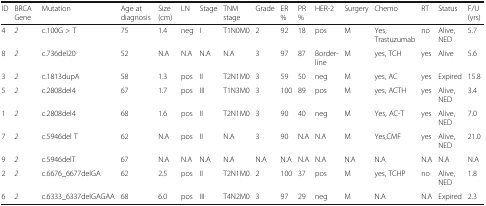
<table><thead><tr><td><b>ID</b></td><td><b>BRCA Gene</b></td><td><b>Mutation</b></td><td><b>Age at diagnosis</b></td><td><b>Size (cm)</b></td><td><b>LN</b></td><td><b>Stage</b></td><td><b>TNM stage</b></td><td><b>Grade</b></td><td><b>ER%</b></td><td><b>PR%</b></td><td><b>HER-2</b></td><td><b>Surgery</b></td><td><b>Chemo</b></td><td><b>RT</b></td><td><b>Status</b></td><td><b>F/U (yrs)</b></td></tr></thead><tbody><tr><td>4</td><td><i>2</i></td><td>c.100G &gt; T</td><td>75</td><td>1.4</td><td>neg</td><td>I</td><td>T1N0M0</td><td>2</td><td>92</td><td>18</td><td>pos</td><td>M</td><td>Yes, Trastuzumab</td><td>no</td><td>Alive, NED</td><td>5.7</td></tr><tr><td>8</td><td><i>2</i></td><td>c.736del20</td><td>52</td><td>N.A</td><td>N.A</td><td>N.A</td><td>N.A</td><td>3</td><td>97</td><td>87</td><td>Border-line</td><td>M</td><td>yes, TCH</td><td>yes</td><td>Alive</td><td>5.6</td></tr><tr><td>3</td><td><i>2</i></td><td>c.1813dupA</td><td>58</td><td>1.3</td><td>pos</td><td>II</td><td>T2N1M0</td><td>3</td><td>59</td><td>50</td><td>neg</td><td>M</td><td>yes, AC</td><td>yes</td><td>Expired</td><td>15.8</td></tr><tr><td>5</td><td><i>2</i></td><td>c.2808del4</td><td>67</td><td>1.7</td><td>pos</td><td>III</td><td>T1N3M0</td><td>3</td><td>100</td><td>89</td><td>pos</td><td>M</td><td>yes, ACTH</td><td>yes</td><td>Alive, NED</td><td>3.4</td></tr><tr><td>1</td><td><i>2</i></td><td>c.2808del4</td><td>68</td><td>1.6</td><td>pos</td><td>II</td><td>T2N1M0</td><td>3</td><td>90</td><td>40</td><td>neg</td><td>M</td><td>Yes, AC-T</td><td>yes</td><td>Alive, NED</td><td>7.0</td></tr><tr><td>7</td><td><i>2</i></td><td>c.5946del T</td><td>62</td><td>N.A</td><td>pos</td><td>II</td><td>N.A</td><td>3</td><td>90</td><td>N.A</td><td>N.A</td><td>M</td><td>Yes,CMF</td><td>yes</td><td>Alive, NED</td><td>21.0</td></tr><tr><td>9</td><td><i>2</i></td><td>c.5946delT</td><td>67</td><td>N.A</td><td>N.A</td><td>N.A</td><td>N.A</td><td>N.A</td><td>N.A</td><td>N.A</td><td>N.A</td><td>N.A</td><td>N.A</td><td>N.A</td><td>N.A</td><td>N.A</td></tr><tr><td>2</td><td><i>2</i></td><td>c.6676_6677delGA</td><td>62</td><td>2.5</td><td>pos</td><td>II</td><td>T2N1M0</td><td>2</td><td>100</td><td>37</td><td>pos</td><td>M</td><td>yes, TCHP</td><td>no</td><td>Alive, NED</td><td>1.8</td></tr><tr><td>6</td><td><i>2</i></td><td>c.6333_6337delGAGAA</td><td>68</td><td>6.0</td><td>pos</td><td>III</td><td>T4N2M0</td><td>3</td><td>97</td><td>29</td><td>neg</td><td>M</td><td>N.A</td><td>N.A</td><td>Expired</td><td>2.3</td></tr></tbody></table>